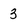
Character: 3